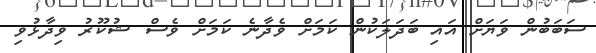
ސަބަބުން ވަޔަށް އައި ބަދަލަކުން ކަމަށް ވެދާނެ ކަމަށް ވެސް ޝުކޫރު ވިދާޅުވި